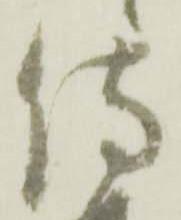
侍